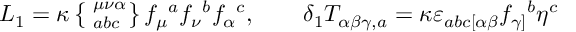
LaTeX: { \cal L } _ { 1 } = \kappa \left\{ \phantom { | } _ { a b c } ^ { \mu \nu \alpha } \right\} f _ { \mu } { } ^ { a } f _ { \nu } { } ^ { b } f _ { \alpha } { } ^ { c } , \qquad \delta _ { 1 } T _ { \alpha \beta \gamma , a } = \kappa \varepsilon _ { a b c [ \alpha \beta } f _ { \gamma ] } { } ^ { b } \eta ^ { c }